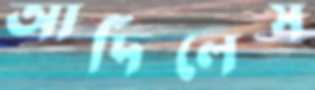
আর্দিলেস